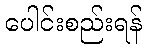
ပေါင်းစည်းရန်